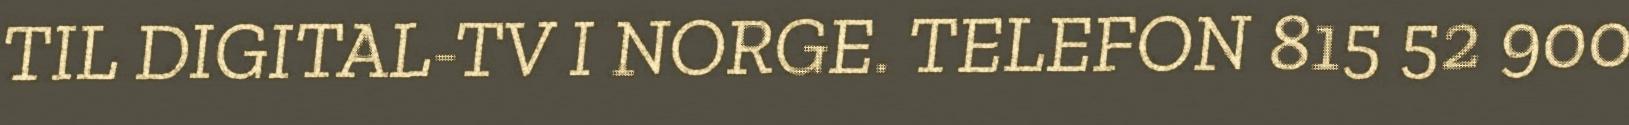
TIL DIGITAL-TV I NORGE. TELEFON 815 52 900